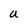
Character: U